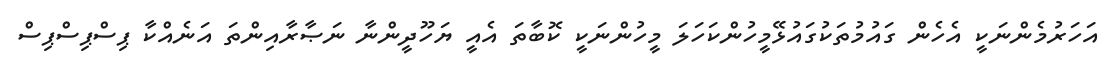
އަހަރުމެންނަކީ އެހެން ގައުމުތަކުގައުޅޭމީހުންކަހަލަ މީހުންނަކީ ކޮބާތަ އެއީ ޔަހޫދީންނާ ނަޞާރާއިންތަ އަނެއްކާ ޕިސްޕިސްޕިސް